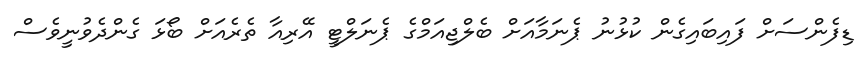
ޑިފެންސަށް ފައިބައިގެން ކުޅުނު ޕެނަމާއަށް ބެލްޖިއަމްގެ ޕެނަލްޓީ އޭރިއާ ތެރެއަށް ބޯޅަ ގެންދެވުނީވެސް